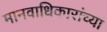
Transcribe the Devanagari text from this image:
मानवाधिकारांच्या